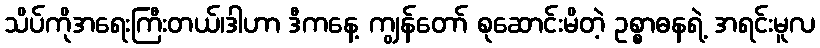
သိပ်ကိုအရေးကြီးတယ်၊ဒါဟာ ဒီကနေ့ ကျွန်တော် စုဆောင်းမိတဲ့ ဥစ္စာဓနရဲ့ အရင်းမူလ